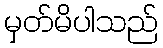
မှတ်မိပါသည်